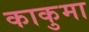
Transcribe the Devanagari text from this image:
काकुमा